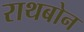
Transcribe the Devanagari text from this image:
राथबोन